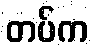
တပ်က